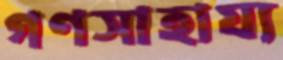
গণসাহায্য